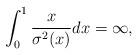
LaTeX: \begin{align*}\int_0^1\frac{x}{\sigma^2(x)}dx=\infty,\end{align*}